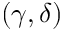
( \gamma , \delta )